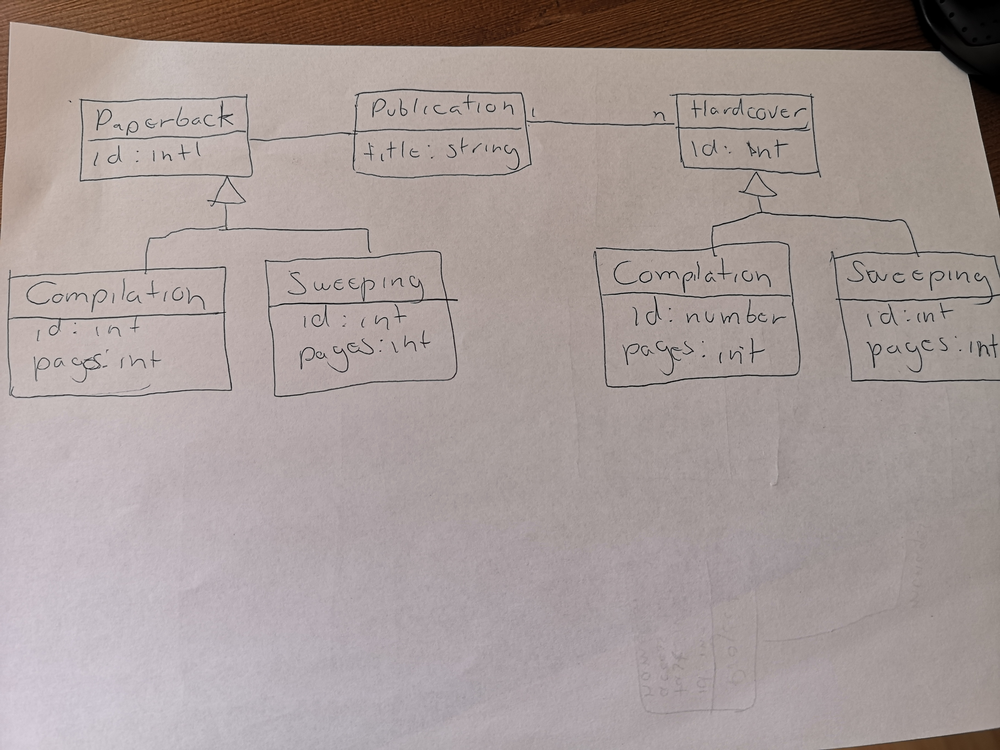
Diagram type: class_diagram
```plantuml
@startuml

class Paperback {
  id: int
}

class "Compilation" as PaperbackCompilation extends Paperback {
  id: int
  pages: int
}

class "Sweeping" as PaperbackSweeping extends Paperback {
  id: int
  pages: int
}

class Publication {
  title: string
}

class Hardcover {
  id: int
}

class "Compilation" as HardcoverCompilation extends Hardcover {
  id: int
  pages: int
}

class "Sweeping" as HardcoverSweeping extends Hardcover {
  id: int
  pages: int
}

Publication -left- Paperback

Publication "1" -- "n" Hardcover

@enduml
```